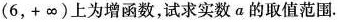
(6，+\infty)上为增函数，试求实数a的取值范围.